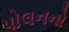
પોલનનો